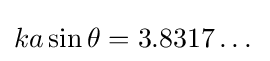
ka\sin {\theta }=3.8317\dots